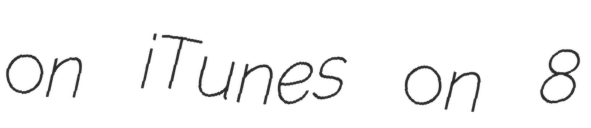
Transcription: on iTunes on 8